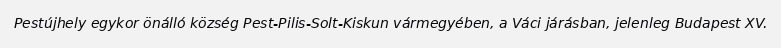
Pestújhely egykor önálló község Pest-Pilis-Solt-Kiskun vármegyében, a Váci járásban, jelenleg Budapest XV.